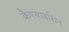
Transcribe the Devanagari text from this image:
कैपसाइसिन